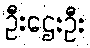
ဦးဌေးဦး